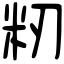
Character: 籾